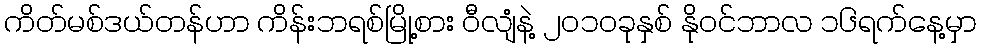
ကိတ်မစ်ဒယ်တန်ဟာ ကိန်းဘရစ်မြို့စား ဝီလျံနဲ့ ၂ဝ၁ဝခုနှစ် နိုဝင်ဘာလ ၁၆ရက်နေ့မှာ